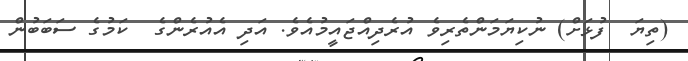
(ތިޔަ  ފުޅަށް) ނުކިޔަމަންތެރިވެ އުރެދިއްޖައީމުއެވެ. އަދި އެއުރެންގެ  ކަމުގެ ސަބަބުން